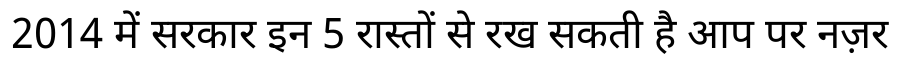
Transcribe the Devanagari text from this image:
2014 में सरकार इन 5 रास्तों से रख सकती है आप पर नज़र